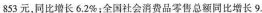
853 元，同比增长6.2%；全国社会消费品零售总额同比增长9.